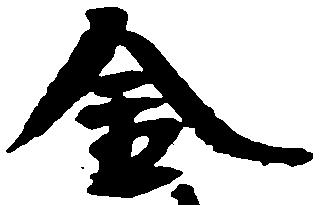
金